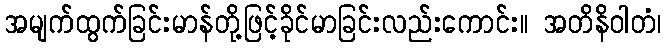
အမျက်ထွက်ခြင်းမာန်တို့ဖြင့်ခိုင်မာခြင်းလည်းကောင်း။ အတိနိဝါတံ၊